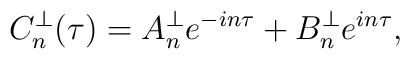
C_n^\perp(\tau)=A_n^\perp e^{-in\tau}+B_n^\perp e^{in\tau},